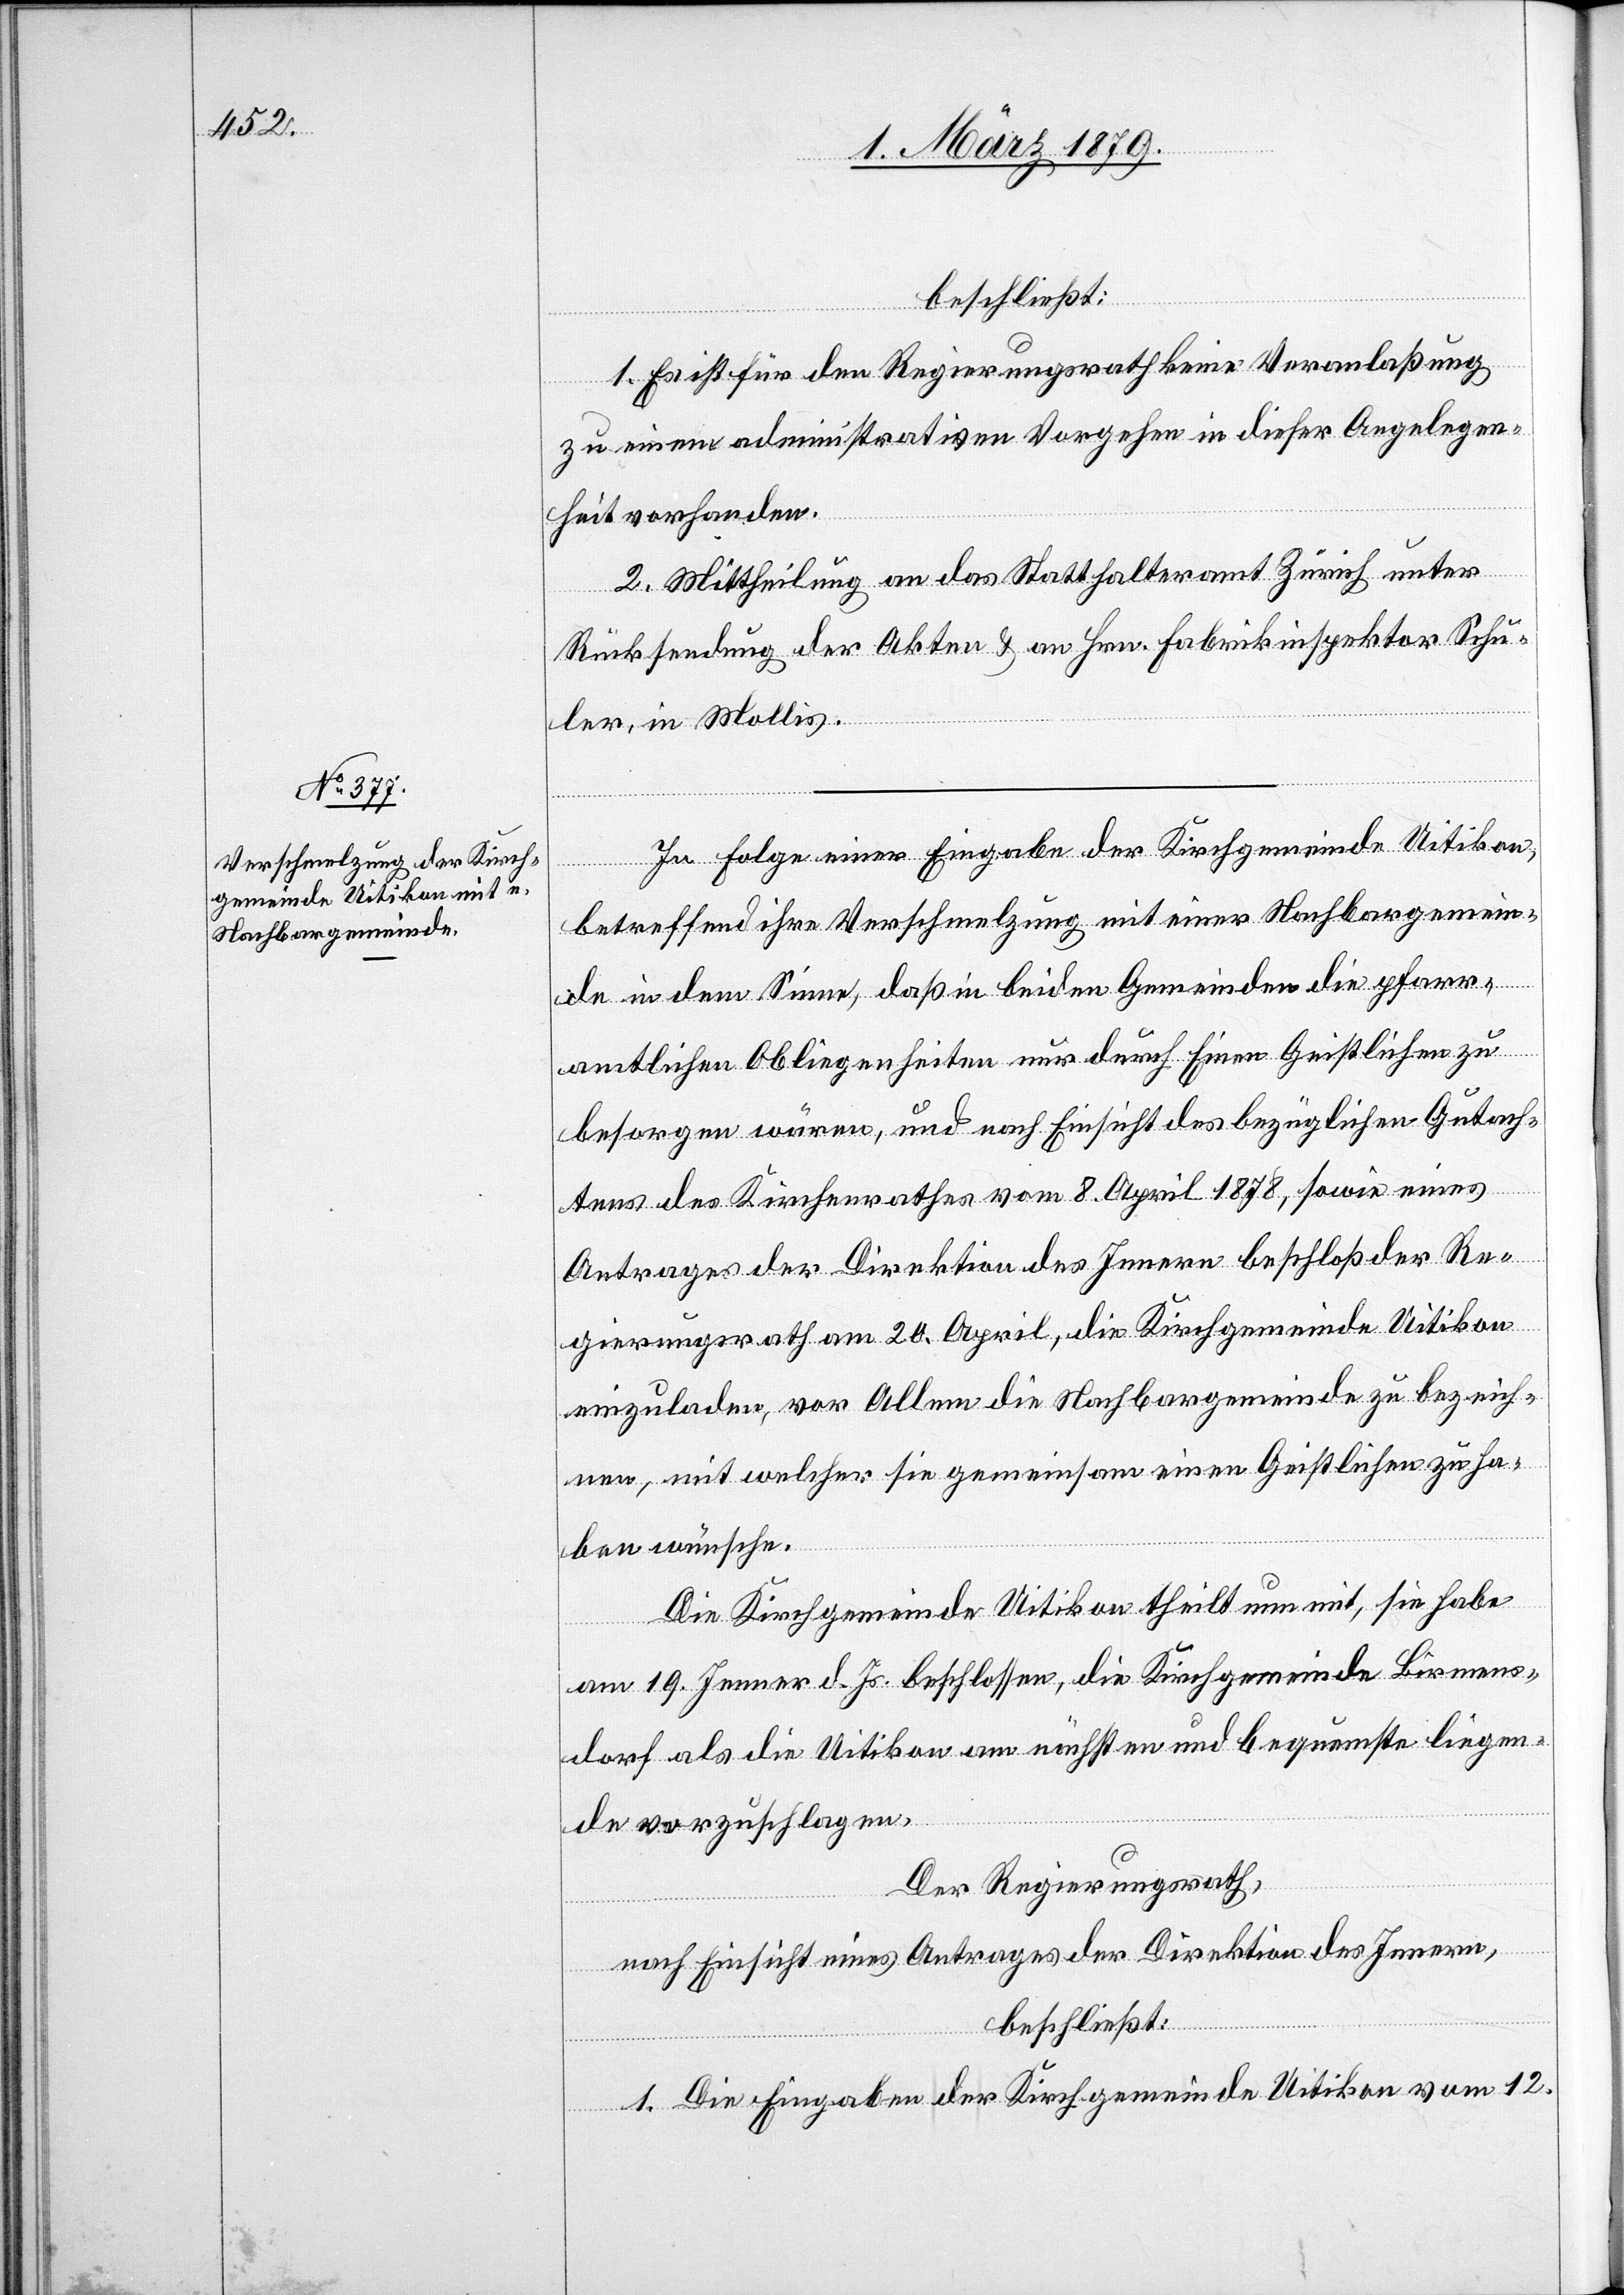
beschließt:
1. Es ist für den Regierungsrath keine Veranlaßung
zu einem administrativen Vorgehen in dieser Angelegen¬
heit vorhanden.
2. Mittheilung an das Statthalteramt Zürich unter
Rücksendung der Akten & an Hrn. Fabrikinspektor Schu¬
ler, in Mollis.
In Folge einer Eingabe der Kirchgemeinde Uitikon,
betreffend ihre Verschmelzung mit einer Nachbargemein¬
de in dem Sinne, daß in beiden Gemeinden die pfarr¬
amtlichen Obliegenheiten nur durch Einen Geistlichen zu
besorgen wären, und nach Einsicht des bezüglichen Gutach¬
tens des Kirchenrathes vom 8. April 1878, sowie eines
Antrages der Direktion des Innern beschloß der Re¬
gierungsrath am 20. April, die Kirchgemeinde Uitikon
einzuladen, vor Allem die Nachbargemeinde zu bezeich¬
nen, mit welcher sie gemeinsam einen Geistlichen zu ha¬
ben wünsche.
Die Kirchgemeinde Uitikon theilt nun mit, sie habe
am 19. Jenner d. Js. beschlossen, die Kirchgemeinde Birmens¬
dorf als die Uitikon am nächsten und bequemste [sic!]
liegen¬
de vorzuschlagen.
Der Regierungsrath,
nach Einsicht eines Antrages der Direktion des Innern,
beschließt:
1. Die Eingaben der Kirchgemeinde Uitikon vom 12.